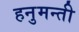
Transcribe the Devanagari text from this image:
हनुमन्ती